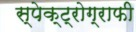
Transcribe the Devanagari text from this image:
स्पेक्ट्रोग्राफी